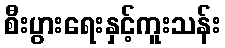
စီးပွားရေးနှင့်ကူးသန်း